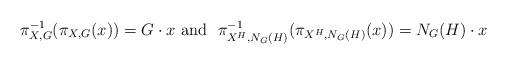
LaTeX: \begin{align*} \pi_{X,G}^{-1}(\pi_{X,G}(x))= G\cdot x\ \mbox{and}\ \ \pi_{X^H,N_G(H)}^{-1}(\pi_{X^H,N_G(H)}(x))= N_G(H)\cdot x \end{align*}